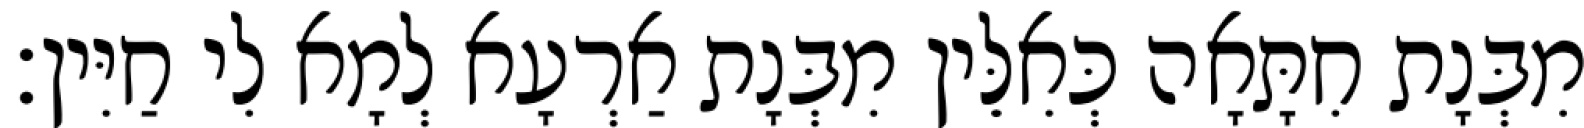
מִבְּנָת חִתָּאָה כְּאִלֵּין מִבְּנָת אַרְעָא לְמָא לִי חַיִּין׃